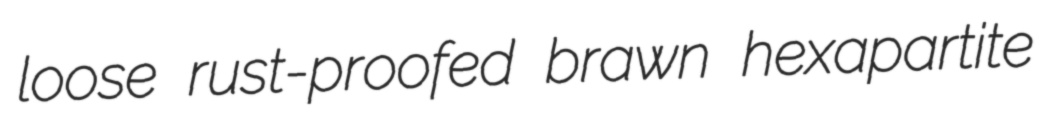
loose rust-proofed brawn hexapartite